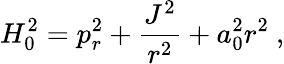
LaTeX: H_{0}^{2}=p_{r}^{2}+{\frac{J^{2}}{r^{2}}}+a_{0}^{2}r^{2}\ ,